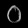
Digit: ၀